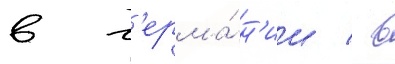
в г'ерма́н'ии / в